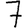
Digit: 7